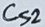
Text: Cs2